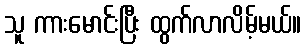
သူ ကားမောင်းပြီး ထွက်လာလိမ့်မယ်။